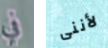
في لأننى